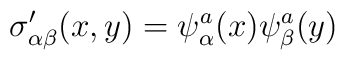
\sigma'_{\alpha\beta} (x,y)=\psi_{\alpha}^{a}(x)\psi_{\beta}^{a}(y)